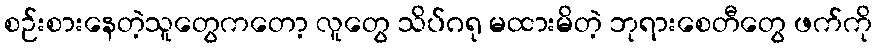
စဉ်းစားနေတဲ့သူတွေကတော့ လူတွေ သိပ်ဂရု မထားမိတဲ့ ဘုရားစေတီတွေ ဖက်ကို